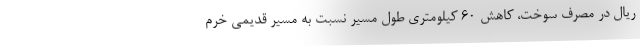
ریال در مصرف سوخت، کاهش ۶۰ کیلومتری طول مسیر نسبت به مسیر قدیمی خرم